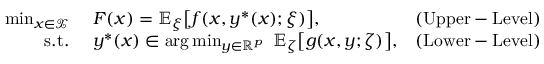
\begin{array} { r l r } { \operatorname* { m i n } _ { x \in \mathcal { X } } } & { \ F ( x ) = \mathbb { E } _ { \xi } \big [ f ( x , y ^ { * } ( x ) ; \xi ) \big ] , } & { \mathrm { ( U p p e r - L e v e l ) } } \\ { \mathrm { s . t . } } & { \ y ^ { * } ( x ) \in \arg \operatorname* { m i n } _ { y \in \mathbb { R } ^ { p } } \ \mathbb { E } _ { \zeta } \big [ g ( x , y ; \zeta ) \big ] , } & { \mathrm { ( L o w e r - L e v e l ) } } \end{array}